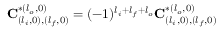
\mathbf { C } _ { ( l _ { i } , 0 ) , ( l _ { f } , 0 ) } ^ { * ( l _ { o } , 0 ) } = ( - 1 ) ^ { l _ { i } + l _ { f } + l _ { o } } \mathbf { C } _ { ( l _ { i } , 0 ) , ( l _ { f } , 0 ) } ^ { * ( l _ { o } , 0 ) }